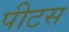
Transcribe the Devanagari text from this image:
पीटस